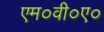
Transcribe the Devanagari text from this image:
एम०वी०ए०